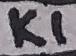
Text: K1